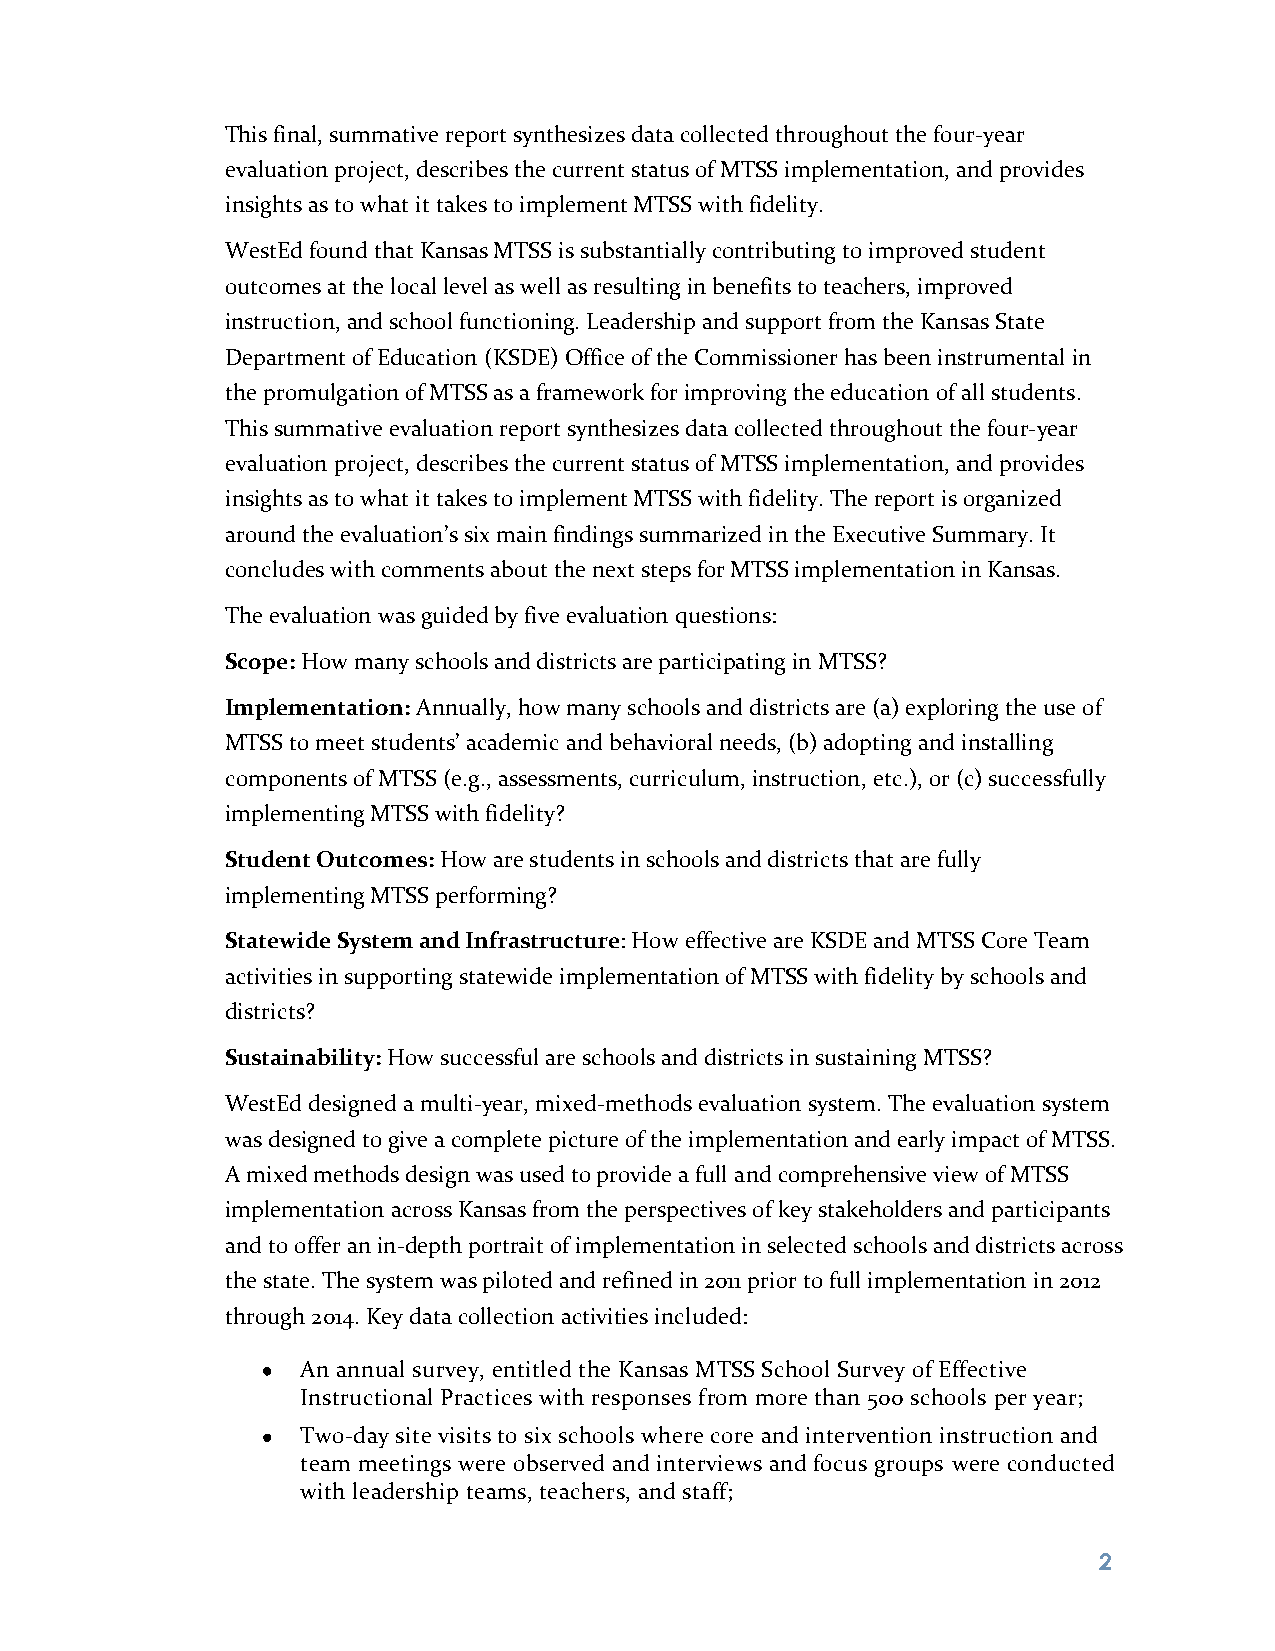
This final, summative report synthesizes data collected throughout the four-year
 evaluation project, describes the current status of MTSS implementation, and provides
 insights as to what it takes to implement MTSS with fidelity.
 WestEd found that Kansas MTSS is substantially contributing to improved student
 outcomes at the local level as well as resulting in benefits to teachers, improved
 instruction, and school functioning. Leadership and support from the Kansas State
 Department of Education (KSDE) Office of the Commissioner has been instrumental in
 the promulgation of MTSS as a framework for improving the education of all students.
 This summative evaluation report synthesizes data collected throughout the four-year
 evaluation project, describes the current status of MTSS implementation, and provides
 insights as to what it takes to implement MTSS with fidelity. The report is organized
 around the evaluation’s six main findings summarized in the Executive Summary. It
 concludes with comments about the next steps for MTSS implementation in Kansas.
 The evaluation was guided by five evaluation questions:
 Scope: How many schools and districts are participating in MTSS?
 Implementation: Annually, how many schools and districts are (a) exploring the use of
 MTSS to meet students’ academic and behavioral needs, (b) adopting and installing
 components of MTSS (e.g., assessments, curriculum, instruction, etc.), or (c) successfully
 implementing MTSS with fidelity?
 Student Outcomes: How are students in schools and districts that are fully
 implementing MTSS performing?
 Statewide System and Infrastructure: How effective are KSDE and MTSS Core Team
 activities in supporting statewide implementation of MTSS with fidelity by schools and
 districts?
 Sustainability: How successful are schools and districts in sustaining MTSS?
 WestEd designed a multi-year, mixed-methods evaluation system. The evaluation system
 was designed to give a complete picture of the implementation and early impact of MTSS.
 A mixed methods design was used to provide a full and comprehensive view of MTSS
 implementation across Kansas from the perspectives of key stakeholders and participants
 and to offer an in-depth portrait of implementation in selected schools and districts across
 the state. The system was piloted and refined in 2011 prior to full implementation in 2012
 through 2014. Key data collection activities included:
 An annual survey, entitled the Kansas MTSS School Survey of Effective
 Instructional Practices with responses from more than 500 schools per year;
 Two-day site visits to six schools where core and intervention instruction and
 team meetings were observed and interviews and focus groups were conducted
 with leadership teams, teachers, and staff;
 2